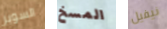
السوبر المسخ نيفيل